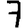
Digit: 7